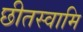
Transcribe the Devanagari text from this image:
छीतस्वामि